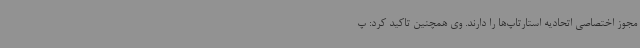
مجوز اختصاصی اتحادیه استارتاپ‌ها را دارند. وی همچنین تاکید کرد: پ